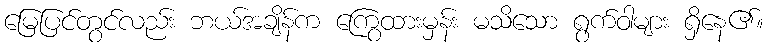
မြေပြင်တွင်လည်း ဘယ်အချိန်က ကြွေထားမှန်း မသိသော ရွက်ဝါများ ရှိနေ၏။